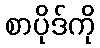
စာပိုဒ်ကို